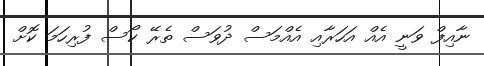
ނާއިފް ވަނީ އެއް އަހަރާއި އެއްމަސް ދުވަސް ތެރޭ ކޯސް ފުރިހަމަ ކޮށް